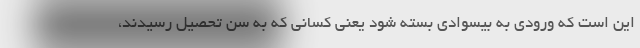
این است که ورودی به بیسوادی بسته شود یعنی کسانی که به سن تحصیل رسیدند،